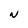
Character: N